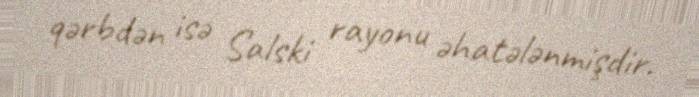
qərbdən isə Salski rayonu əhatələnmişdir.